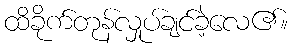
ထိခိုက်တုန်လှုပ်ချင်ခဲ့လေ၏။